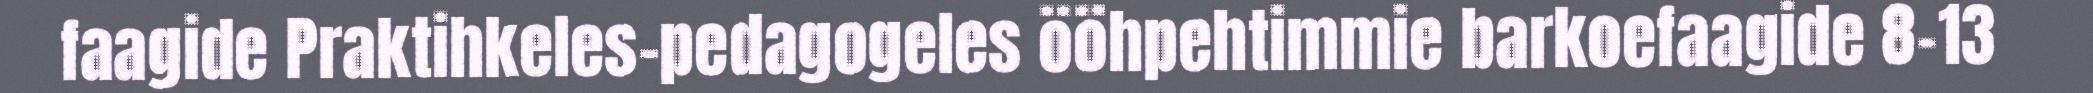
faagide Praktihkeles-pedagogeles ööhpehtimmie barkoefaagide 8-13